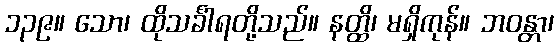
၁၃၉။ သော၊ ထိုသင်္ခါရတို့သည်။ နတ္ထိ၊ မရှိကုန်။ ဘဝန္တာ၊